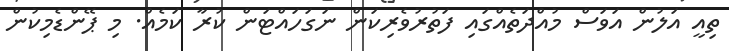
ތިއީ އަލުން އަވަސް މުއްދަތެއްގައި ފަތުރުވެެރިކަން ނަގަހައްޓަން ކުރާ ކަމެއް. މި ޕޭންޑެމިކުން